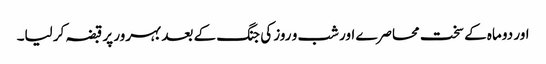
اور دو ماہ کے سخت محاصرے اور شب و روز کی جنگ کے بعد بہرور پر قبضہ کر لیا۔